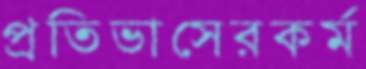
প্রতিভাসেরকর্ম